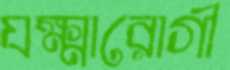
যক্ষ্মারোগী